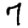
Digit: 7